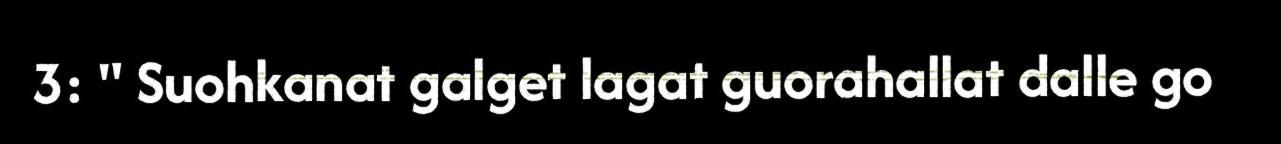
3: " Suohkanat galget lagat guorahallat dalle go